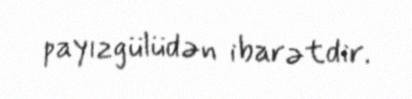
payızgülüdən ibarətdir.